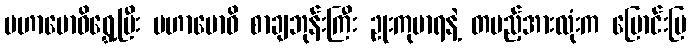
မဟာဗောဓိရွှေ့ပြီး မဟာဗောဓိ စာချဘုန်းကြီး ဥုးကုမာရနဲ့ တပည့်အားလုံးက မြောင်းမြ